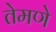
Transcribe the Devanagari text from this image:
तेमणे